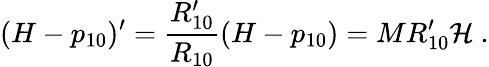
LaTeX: (H-p_{10})^{\prime}=\frac{R_{10}^{\prime}}{R_{10}}(H-p_{10})=MR_{10}^{\prime}{\cal H}\ .